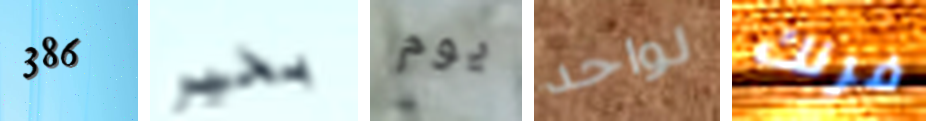
386 بخير يوم لواحد فرنك